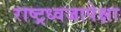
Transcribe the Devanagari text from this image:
राष्ट्रध्वजापेक्षा